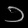
Digit: ၁